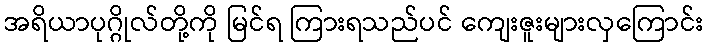
အရိယာပုဂ္ဂိုလ်တို့ကို မြင်ရ ကြားရသည်ပင် ကျေးဇူးများလှကြောင်း